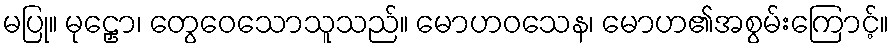
မပြု။ မုဠှော၊ တွေဝေသောသူသည်။ မောဟဝသေန၊ မောဟ၏အစွမ်းကြောင့်။